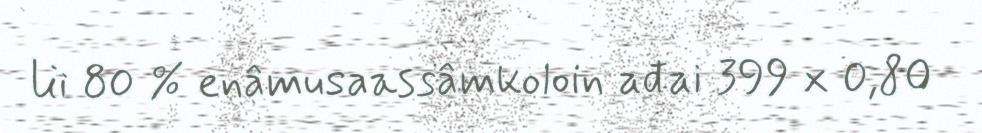
lii 80 % enâmusaassâmkoloin ađai 399 x 0,80